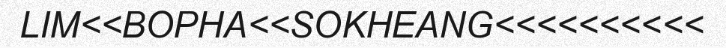
LIM<<BOPHA<<SOKHEANG<<<<<<<<<<